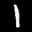
Label: 1